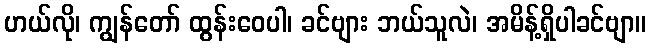
ဟယ်လို၊ ကျွန်တော် ထွန်းဝေပါ၊ ခင်ဗျား ဘယ်သူလဲ၊ အမိန့်ရှိပါခင်ဗျာ။